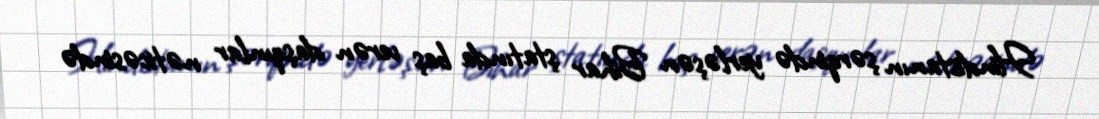
Hindistanın şərqində yerləşən Bihar ştatında baş verən daşqınlar nəticəsində